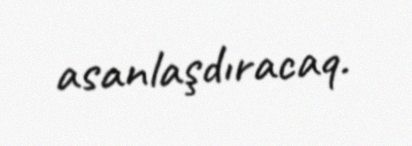
asanlaşdıracaq.